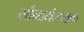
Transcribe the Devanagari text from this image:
सौन्दर्यजनक